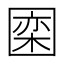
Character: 𪢮